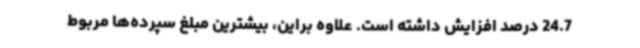
24.7 درصد افزایش داشته است. علاوه براین، بیشترین مبلغ سپرده‌ها مربوط